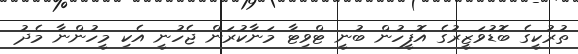
ތުރުކީގެ ބޮޑުވަޒީރުގެ އޮފީހުން ބުނީ ޓްވިޓާ މަނާކުރަން ޖެހުނީ އެކި މީހުންނާ މެދު